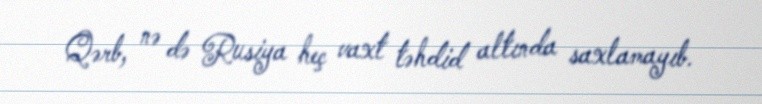
Qərb, nə də Rusiya heç vaxt təhdid altında saxlamayıb.